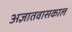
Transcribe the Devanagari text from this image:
अज्ञातवासकाल